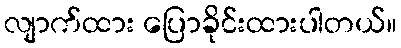
လျာက်ထား ပြောခိုင်းထားပါတယ်။